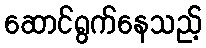
ဆောင်ရွက်နေသည့်